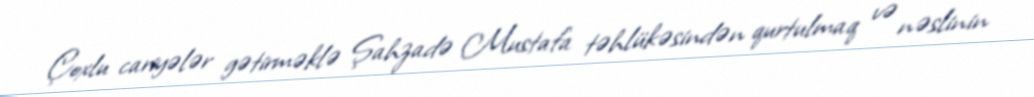
Çoxlu cariyələr gətirməklə Şahzadə Mustafa təhlükəsindən qurtulmaq və nəslinin